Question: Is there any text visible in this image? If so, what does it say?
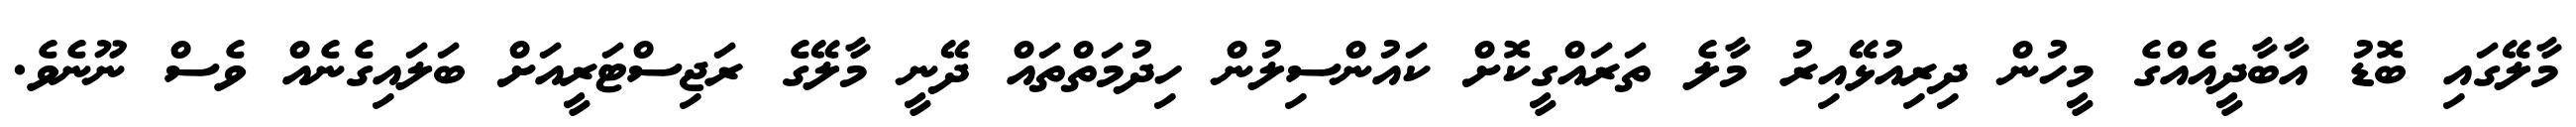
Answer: މާލޭގައި ބޮޑު އާބާދީއެއްގެ މީހުން ދިރިއުޅޭއިރު މާލެ ތަރައްގީކޮށް ކައުންސިލުން ހިދުމަތްތައް ދޭނީ މާލޭގެ ރަޖިސްޓަރީއަށް ބަލައިގެނެއް ވެސް ނޫނެވެ.